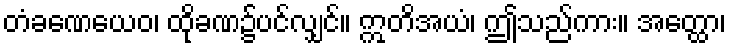
တံခဏေယေဝ၊ ထိုခဏ၌ပင်လျှင်။ ဣတိအယံ၊ ဤသည်ကား။ အတ္ထော၊